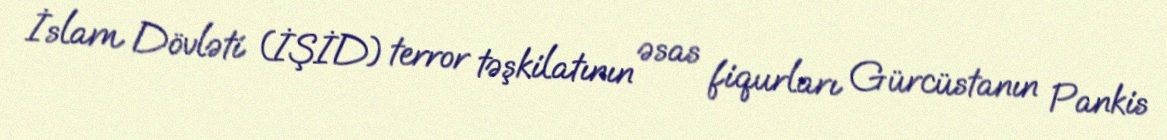
İslam Dövləti (İŞİD) terror təşkilatının əsas fiqurları Gürcüstanın Pankis